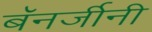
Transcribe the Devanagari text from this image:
बॅनर्जीनी